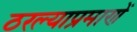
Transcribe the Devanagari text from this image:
ठरल्याप्रमाणें